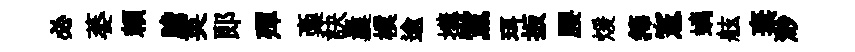
必萎頼膽英郎殫稾訣曩樸逾搆黨珥扳腰煖籜憲螭舷棄渺